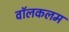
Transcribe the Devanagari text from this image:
वॉलकलम